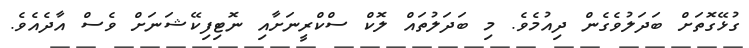
ގުޅޭގޮތަށް ބަދަލުވެގެން ދިއުމެވެ. މި ބަދަލުތައް ލޮކް ސްކްރީނަށާއި ނޮޓިފިކޭޝަނަށް ވެސް އާދެއެވެ.